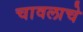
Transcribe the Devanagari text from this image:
चावलाचे